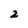
Character: 2